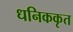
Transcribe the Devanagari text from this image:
धनिककृत